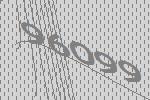
96099